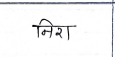
मजकूर: निरा